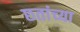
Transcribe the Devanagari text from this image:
छतांच्या